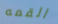
القمه